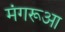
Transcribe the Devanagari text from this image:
मंगरूआ